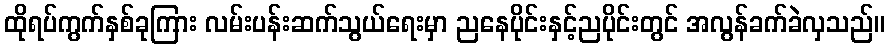
ထိုရပ်ကွက်နှစ်ခုကြား လမ်းပန်းဆက်သွယ်ရေးမှာ ညနေပိုင်းနှင့်ညပိုင်းတွင် အလွန်ခက်ခဲလှသည်။